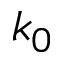
k _ { 0 }